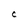
Character: C